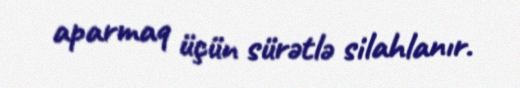
aparmaq üçün sürətlə silahlanır.